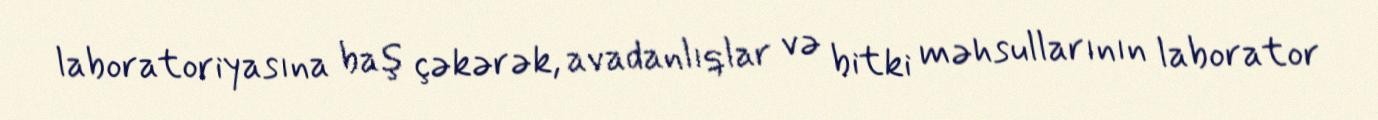
laboratoriyasına baş çəkərək, avadanlıqlar və bitki məhsullarının laborator